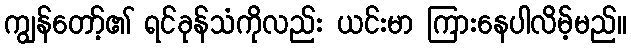
ကျွန်တော့်၏ ရင်ခုန်သံကိုလည်း ယင်းမာ ကြားနေပါလိမ့်မည်။